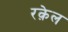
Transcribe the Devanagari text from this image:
रक़ेल